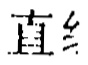
直线